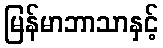
မြန်မာဘာသာနှင့်